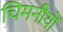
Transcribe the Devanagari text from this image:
चिमनीयों